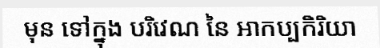
មុន ទៅក្នុង បរិវេណ នៃ អាកប្បកិរិយា